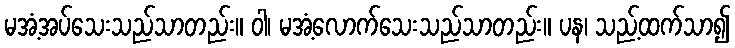
မအံ့အပ်သေးသည်သာတည်း။ ဝါ၊ မအံ့လောက်သေးသည်သာတည်း။ ပန၊ သည့်ထက်သာ၍